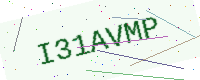
Text: I31AVMP